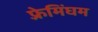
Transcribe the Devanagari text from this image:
फ़्रेमिंघम